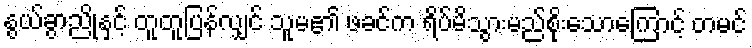
နွယ်ခွာညိုနှင့် တူတူပြန်လျှင် သူမ၏ ဖခင်က ရိပ်မိသွားမည်စိုးသောကြောင့် တမင်